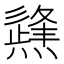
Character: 𤑊